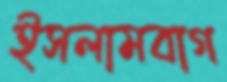
ইসলামবাগ